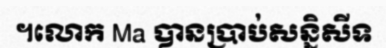
។លោក Ma បានប្រាប់សន្និសីទ